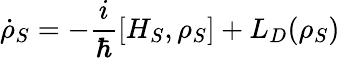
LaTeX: {\dot{\rho}}_{S}=-{\frac{i}{\hbar}}[H_{S},\rho_{S}]+L_{D}(\rho_{S})